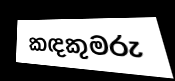
කඳකුමරු